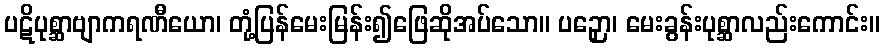
ပဋိပုစ္ဆာဗျာကရဏီယော၊ တုံ့ပြန်မေးမြန်း၍ဖြေဆိုအပ်သော။ ပဉှော၊ မေးခွန်းပုစ္ဆာလည်းကောင်း။